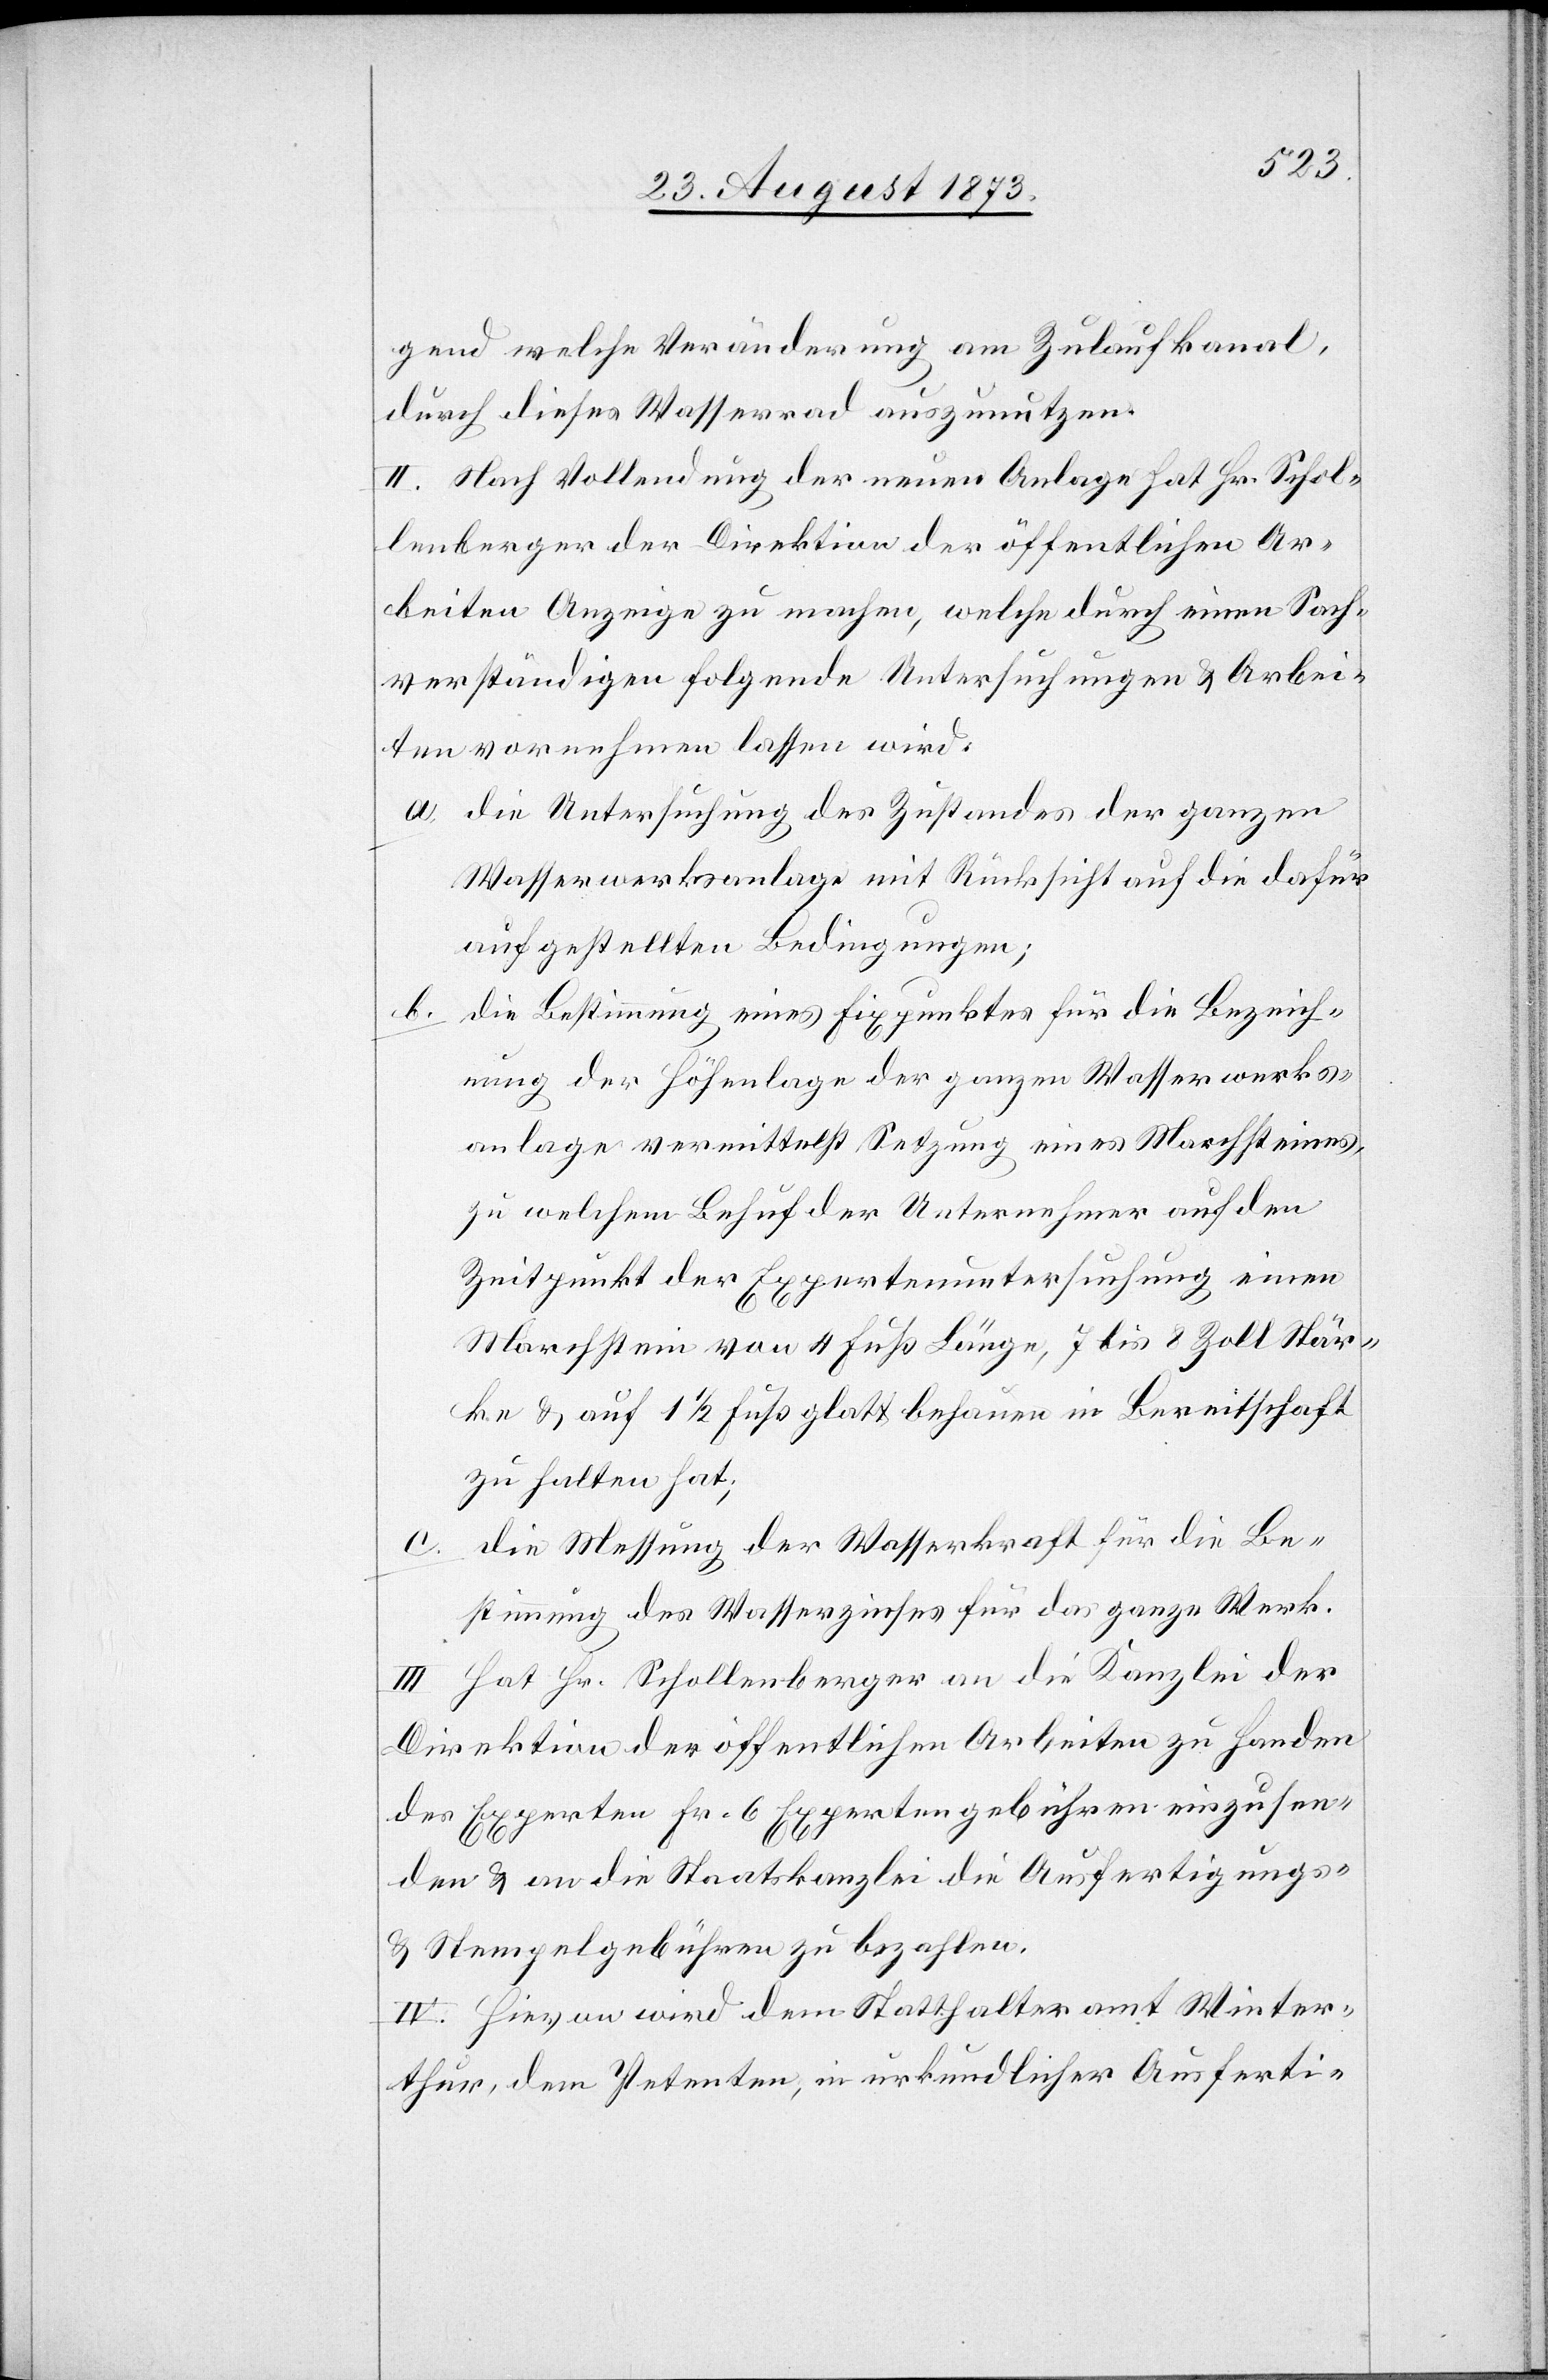
gend welche Veränderung am Zulaufkanal,
durch dieses Wasserrad auszunutzen.
II. Nach Vollendung der neuen Anlage hat Hr. Schol¬
lenberger der Direktion der öffentlichen Ar¬
beiten Anzeige zu machen, welche durch einen Sach¬
verständigen folgende Untersuchungen & Arbei¬
ten vornehmen lassen wird:
a. die Untersuchung des Zustandes der ganzen
Wasserwerksanlage mit Rücksicht auf die dafür
aufgestellten Bedingungen;
b.
die Bestimmung eines Fixpunktes für die Bezeich¬
nung der Höhenlage der ganzen Wasserwerks¬
anlage vermittelst Setzung eines Marchsteines,
zu welchem Behuf der Unternehmer auf den
Zeitpunkt der Expertenuntersuchung einen
Marchstein von 4 Fuß Länge, 7 bis 8 Zoll Stär¬
ke & auf 1 1/2 Fuß glatt behauen in Bereitschaft
zu halten hat;
die Messung der Wasserkraft für die Be¬
stimmung des Wasserzinses für das ganze Werk.
Hat Hr. Schollenberger an die Kanzlei der
Direktion der öffentlichen Arbeiten zu Handen
des Experten Fr. 6 Expertengebühren einzusen¬
den & an die Staatskanzlei die Ausfertigungs-
& Stempelgebühren zu bezahlen.
IV. Hievon wird dem Statthalteramt Winter¬
thur, dem Petenten, in urkundlicher Ausferti-